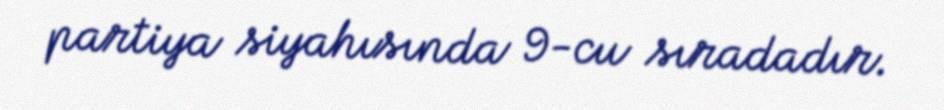
partiya siyahısında 9-cu sıradadır.